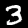
Label: 3